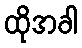
ထိုအခါ